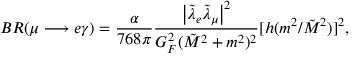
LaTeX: B R ( \mu \longrightarrow e \gamma ) = \frac { \alpha } { 7 6 8 \pi } \frac { \left| \tilde { \lambda } _ { e } \tilde { \lambda } _ { \mu } \right| ^ { 2 } } { G _ { F } ^ { 2 } ( \tilde { M } ^ { 2 } + m ^ { 2 } ) ^ { 2 } } [ h ( m ^ { 2 } / \tilde { M } ^ { 2 } ) ] ^ { 2 } ,